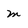
Character: m